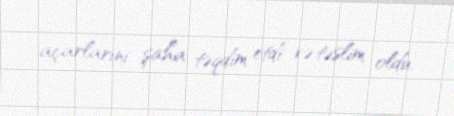
açarlarını şaha təqdim etdi və təslim oldu.